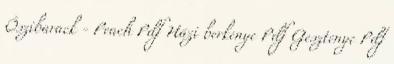
Őszibarack - Peach Pdf Házi berkenye Pdf Gesztenye Pdf